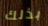
بذلك